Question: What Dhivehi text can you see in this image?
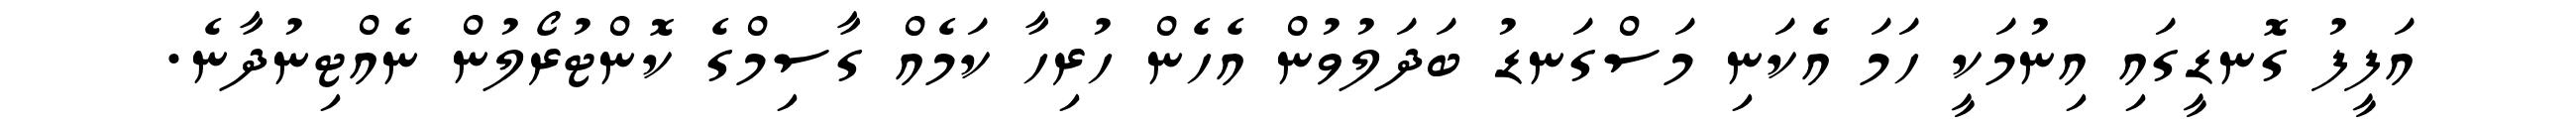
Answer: އަފީފު ގޮނޑީގައި އިނުމަކީ ހަމަ އެކަނި މަސްގަނޑު ބަދަލުވުން އެހެން ހުރިހާ ކަމެއް ގާސިމްގެ ކޮންޓުރޯލުން ނެއްޓިނުދާނެ.